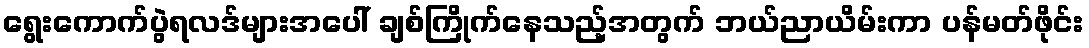
ရွေးကောက်ပွဲရလဒ်များအပေါ် ချစ်ကြိုက်နေသည့်အတွက် ဘယ်ညာယိမ်းကာ ပန်မတ်ဖိုင်း